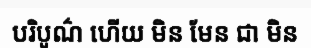
បរិបូណ៌ ហើយ មិន មែន ជា មិន